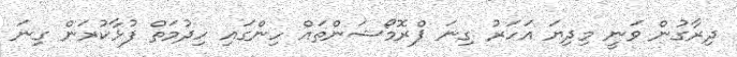
ދިރާގުން ވަނީ މިދިޔަ އަހަރު ގިނަ ޕްރޮމޯޝަންތައް ހިންގައި ހިދުމަތް ފުޅާކުރަން ގިނަ